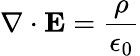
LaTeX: \nabla\cdot\mathbf{E}={\frac{\rho}{\epsilon_{0}}}